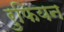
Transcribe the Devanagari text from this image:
रुफियन